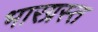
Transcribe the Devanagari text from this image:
भारग्रस्त